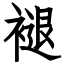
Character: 褪